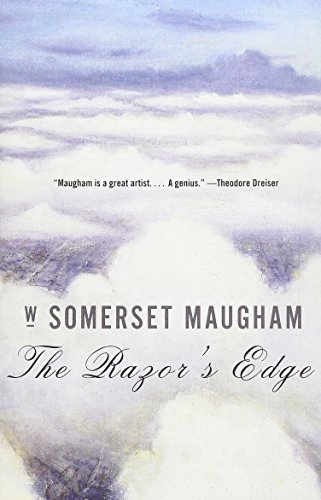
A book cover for The Razor's Edge; W. Somerset Maugham; Teen & Young Adult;